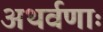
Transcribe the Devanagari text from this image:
अथर्वणाः